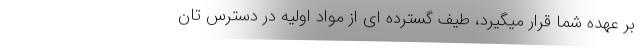
بر عهده شما قرار میگیرد، طیف گسترده ای از مواد اولیه در دسترس تان